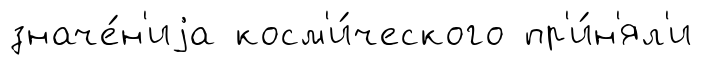
значе́н'иjа косм'и́ческого пр'и́н'ял'и